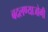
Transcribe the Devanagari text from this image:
बदलण्याजोगी